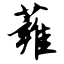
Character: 蕹